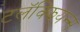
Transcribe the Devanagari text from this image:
टलॅक्झियन्स